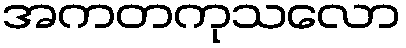
အကတကုသလော